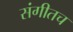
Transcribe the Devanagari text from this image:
संगीतच